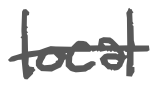
Text: local
Cross-out: single-line
Writing tool: digital_gray